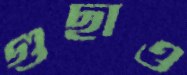
গুছাও